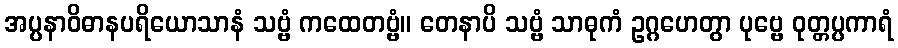
အပ္ပနာဝိဓာနပရိယောသာနံ သဗ္ဗံ ကထေတဗ္ဗံ။ တေနာပိ သဗ္ဗံ သာဓုကံ ဥဂ္ဂဟေတွာ ပုဗ္ဗေ ဝုတ္တပ္ပကာရံ